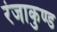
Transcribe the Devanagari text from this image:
रंजाकुण्ड